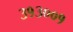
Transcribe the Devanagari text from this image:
३१३००१